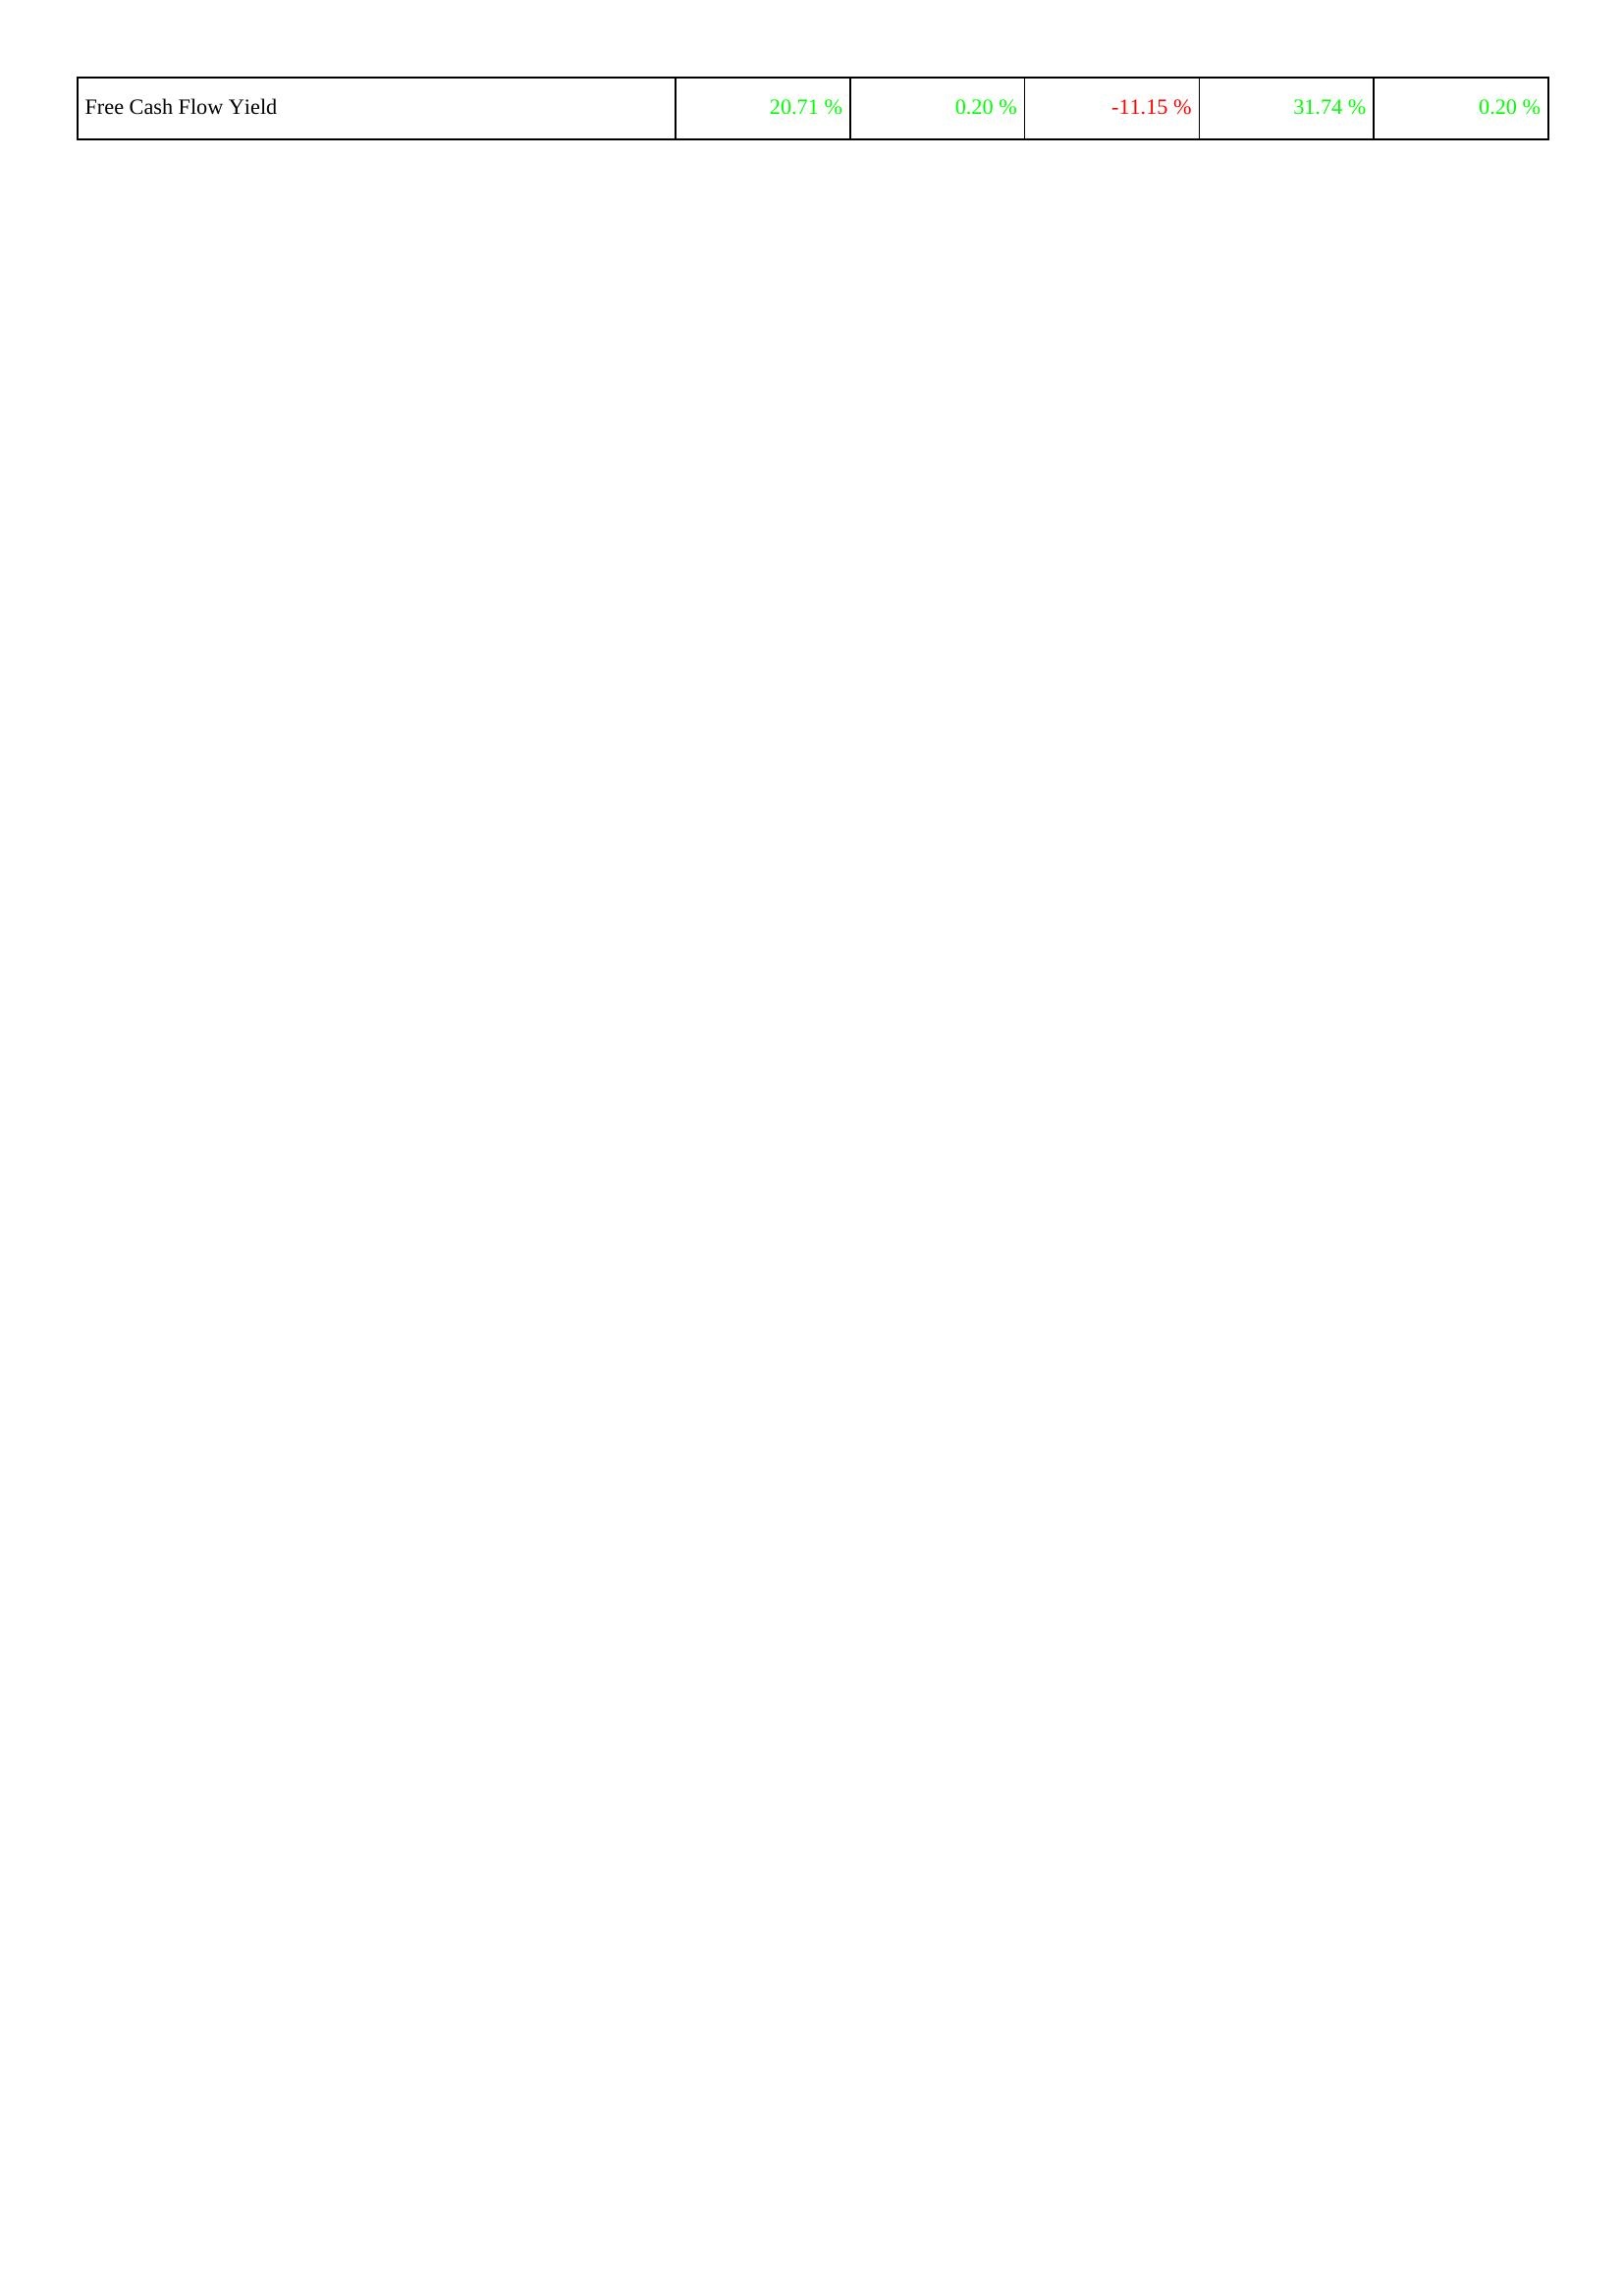
2016: Financing Activities: Free Cash Flow Yield: 20.71 %
2015: Financing Activities: Free Cash Flow Yield: 0.20 %
2014: Financing Activities: Free Cash Flow Yield: -11.15 %
2013: Financing Activities: Free Cash Flow Yield: 31.74 %
2012: Financing Activities: Free Cash Flow Yield: 0.20 %